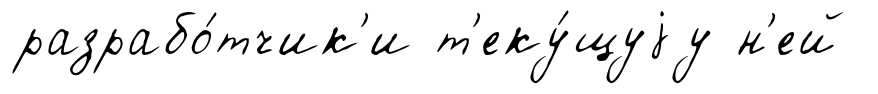
разрабо́тчик'и т'еку́щуjу н'ей